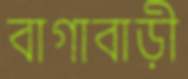
বাগাবাড়ী